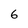
Character: 6